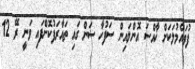
ފުވައްމުލަކަށް ޚާއްސަ އޮންލައިން ސަފުހާ ސަން ގައި ތައާރަފުކޮށްފައި ވަނީ ރޭ 12